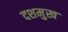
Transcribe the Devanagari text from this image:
दशमुख